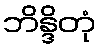
ဘိန္ဒိတုံ